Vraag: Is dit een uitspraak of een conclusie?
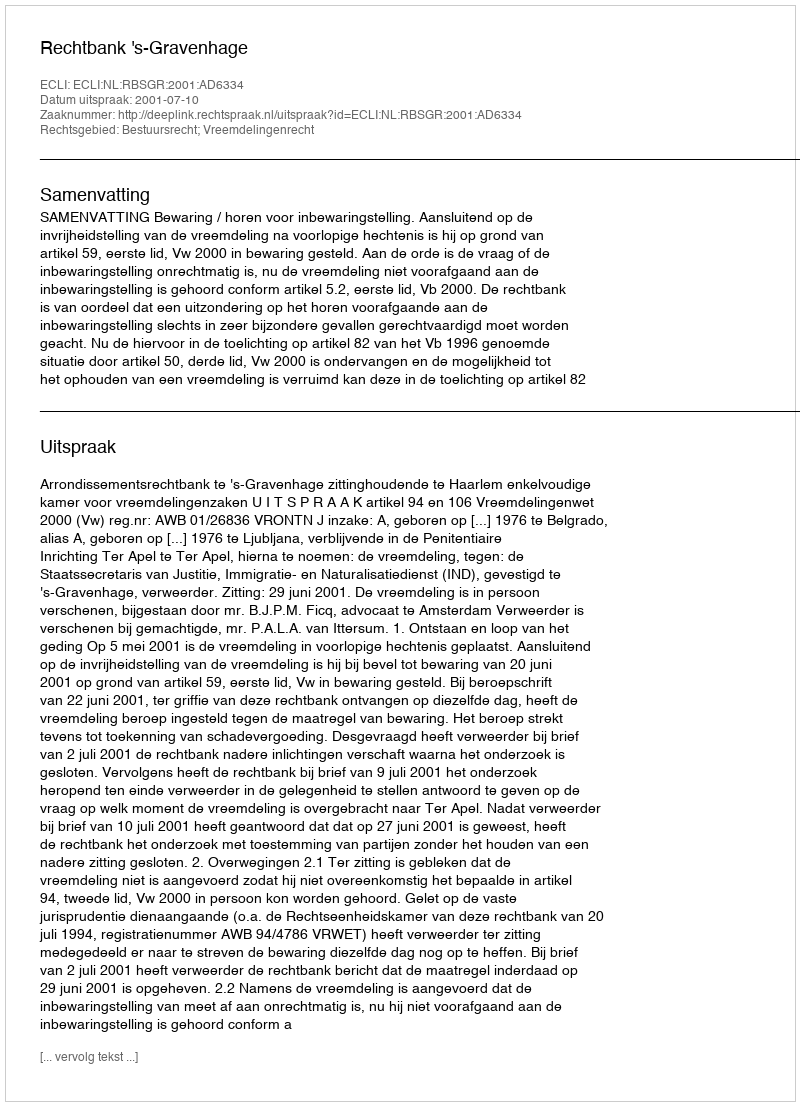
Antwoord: Uitspraak